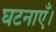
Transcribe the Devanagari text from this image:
घटनाएँ।